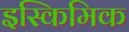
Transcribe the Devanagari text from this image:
इस्किमिक